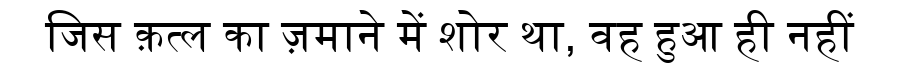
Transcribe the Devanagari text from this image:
जिस क़त्ल का ज़माने में शोर था, वह हुआ ही नहीं